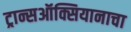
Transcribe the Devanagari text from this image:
ट्रान्सऑक्सियानाचा